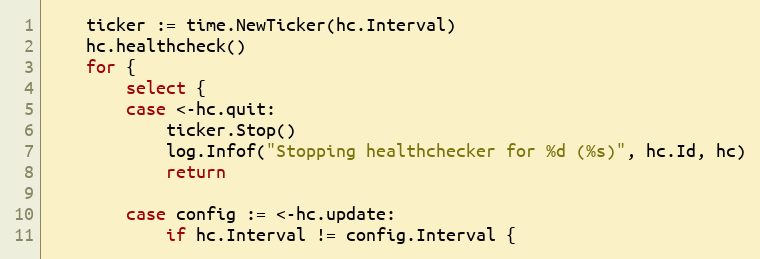
Language: Go
	ticker := time.NewTicker(hc.Interval)
	hc.healthcheck()
	for {
		select {
		case <-hc.quit:
			ticker.Stop()
			log.Infof("Stopping healthchecker for %d (%s)", hc.Id, hc)
			return

		case config := <-hc.update:
			if hc.Interval != config.Interval {